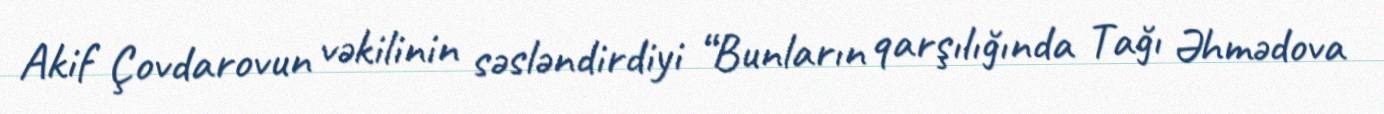
Akif Çovdarovun vəkilinin səsləndirdiyi “Bunların qarşılığında Tağı Əhmədova